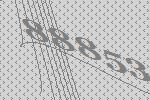
88853